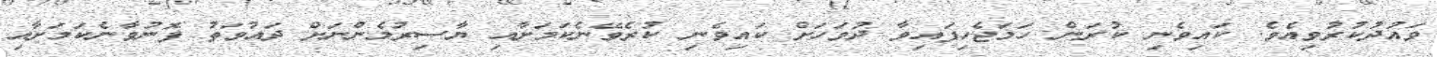
ވައުދުކުރުވިއެވެ. ކައިވެނި ކުރަން ހަމަޖެހިފައިވާ ދުވަހަށް ކައިވެނި ކުރެވޭނެކަމަށާއި ޔާސިރުމެންނަށް ދައުވަތު ފޮނުވާނެކަމަށާއި